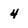
Character: 4